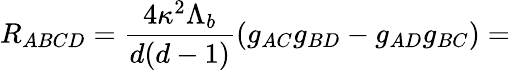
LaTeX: R_{ABCD}=\frac{4\kappa^{2}\Lambda_{b}}{d(d-1)}(g_{AC}g_{BD}-g_{AD}g_{BC})=